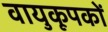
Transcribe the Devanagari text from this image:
वायुकूपकों